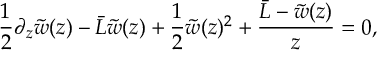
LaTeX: { \frac { 1 } { 2 } } \partial _ { z } \tilde { w } ( z ) - { \bar { L } } \tilde { w } ( z ) + { \frac { 1 } { 2 } } \tilde { w } ( z ) ^ { 2 } + { \frac { { \bar { L } } - \tilde { w } ( z ) } { z } } = 0 ,